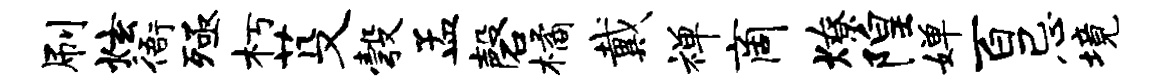
刷炫衙殛朽芟彀孟磬橘戴禅商燎隍婵百忌境